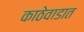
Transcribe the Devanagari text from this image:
काठेवाडात